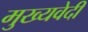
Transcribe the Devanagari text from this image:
मुख्यवेदी